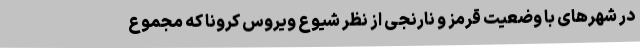
در شهرهای با وضعیت قرمز و نارنجی از نظر شیوع ویروس کرونا که مجموع